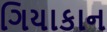
ગિયાકાન